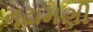
મઢામણી